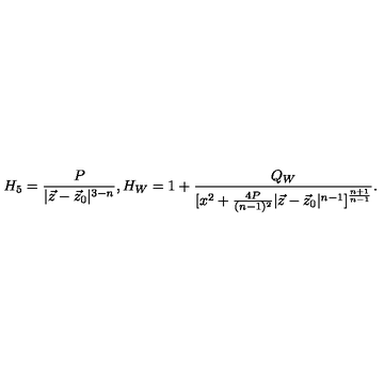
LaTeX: H _ { 5 } = { \frac { P } { | \vec { z } - \vec { z } _ { 0 } | ^ { 3 - n } } } , H _ { W } = 1 + { \frac { Q _ { W } } { [ x ^ { 2 } + { \frac { 4 P } { ( n - 1 ) ^ { 2 } } } | \vec { z } - \vec { z } _ { 0 } | ^ { n - 1 } ] ^ { \frac { n + 1 } { n - 1 } } } } .